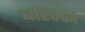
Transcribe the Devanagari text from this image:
बरिक्को